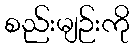
စည်းမျဉ်းကို